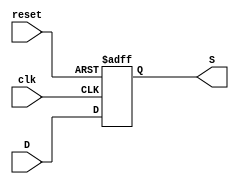
//Modulo para FlipFlop de cinco bits
module FlipFlopD5(
    input wire reset, clk,
    input wire [4:0] D,
    output reg [4:0] S);
        always @ (posedge clk, posedge reset) begin
            if (reset) begin
                S <= 5'b0;
            end
            else
                S <= D;
        end
endmodule

//Modulo para FlipFlop de dos bits      
module FlipFlopD2(
    input wire reset, clk,
    input wire [1:0] D,
    output reg [1:0] S);
        always @ (posedge clk, posedge reset) begin
            if (reset) begin
                S <= 2'b0;
            end
            else
                S <= D;
        end
endmodule

//Modulo para FlipFlop de un bits      
module FlipFlopD1(
    input wire reset, clk,
    input wire D,
    output reg S);
        always @ (posedge clk, posedge reset) begin
            if (reset) begin
                S <= 1'b0;
            end
            else
                S <= D;
        end
endmodule

//Modulo para Anti Rebote 1
module antirebote1(
    input wire clk, reset, PB1,   
    output wire out);
    wire Y1, Y2;
    assign Y1 = PB1;
    FlipFlopD1 E1(clk, reset, Y1, Y2);
    assign  Out = (~Y2 & PB1);
endmodule

//Modulo para Anti Rebote 2
module antirebote2(
    input wire clk, reset, PB2,   
    output wire out);
    wire Y1, Y2;
    assign Y1 = PB2;
    FlipFlopD1 E1(clk, reset, Y1, Y2);
    assign  Out = (~Y2 & PB2);
endmodule

//Modulo para Anti Rebote 3
module antirebote3(
    input wire clk, reset, PB3,   
    output wire out);
    wire Y1, Y2;
    assign Y1 = PB3;
    FlipFlopD1 E1(clk, reset, Y1, Y2);
    assign  Out = (~Y2 & PB3);
endmodule



//Modulo de memoria para la variable tipo 
module Memoria1(
    input wire clk, reset, Y,
    input wire [1:0] T,
    output wire T2);
    wire [1:0] E; //Estados actuales
    wire [1:0] EF; //Estados futuros
    
    //Ecuaciones para los estados Futuros
    assign EF[1] = (~E[1] & ~E[0] & T[1] & ~T[0] & ~Y) | (E[1] & ~E[0] & ~T[1] & ~T[0] & ~ Y);
    assign EF[0] = (~E[1] & ~E[0] & ~T[1] & T[0] & ~Y) | (~E[1] & E[0] & ~T[1] & ~T[0] & ~Y);

    //Implementacin de FlipFlop tipo D de 2 bits
    FlipFlopD2 R1(clk, reset, EF, E);

    //Ecuaciones para las salidas
    assign T2 = ~E[0];

endmodule

//Modulo de memoria para variable Tamao
module Memoria2(
    input wire clk, reset, Y,
    input wire [1:0] Ta, 
    output wire [1:0] Ta2);
    wire [1:0] E; //Estados actuales
    wire [1:0] EF; //Estados Futuros

    //Ecuaciones para los estados Futuros
    assign EF[1] = (~E[1] & ~E[0] & Ta[1] & ~Y) | (E[1] & ~Ta[1] & ~Ta[0] & ~Y);
    assign EF[0] = (~E[1] & ~E[0] & Ta[0] & ~Y) | (E[0] & ~Ta[1] & ~Ta[0] & ~Y);

    //Ecuaciones para las salidas
    assign Ta2[1] = (E[1] & E[0]);
    assign Ta2[0] = ~E[0];



    //Implementacin de FlipFlop tipo D de 2 bits
    FlipFlopD2 R2(clk, reset, EF, E);

endmodule

//Modulo de memoria para variable Principal
module Memoria3(
    input wire clk, reset, Y, 
    input wire [1:0] P, 
    output wire [1:0] P2);
    wire [1:0] E; //Estados actuales
    wire [1:0] EF; //Estados Futuros

    //Ecuaciones para los estados Futuros
    assign EF[1] = (~E[1] & ~E[0] & P[1] & ~Y) | (E[1] & ~P[1] & ~P[0] & ~Y);
    assign EF[0] = (~E[1] & ~E[0] & P[0] & ~Y) | (E[0] & ~P[1] & ~P[0] & ~Y);
    
    //Ecuaciones para las salidas
    assign P2[1] = (E[1] & E[0]);
    assign P2[0] = ~E[0];

    //Implementacin de FlipFlop tipo D de 2 bits
    FlipFlopD2 R3(clk, reset, EF, E);


endmodule


//Modulo de memoria para la variable Acomp 
module Memoria4(
    input wire clk, reset, Y,
    input wire [1:0] Ac,
    output wire Ac2);
    wire [1:0] E; //Estados actuales
    wire [1:0] EF; //Estados futuros
    
    //Ecuaciones para los estados Futuros
    assign EF[1] = (~E[1] & ~E[0] & Ac[1] & ~Ac[0] & ~Y) | (E[1] & ~E[0] & ~Ac[1] & ~Ac[0] & ~Y);
    assign EF[0] = (~E[1] & ~E[0] & ~Ac[1] & Ac[0] & ~Y) | (~E[1] & E[0] & ~Ac[1] & ~Ac[0] & ~Y);

    //Implementacin de FlipFlop tipo D de 2 bits
    FlipFlopD2 R4(clk, reset, EF, E);

    //Ecuaciones para las salidas
    assign Ac2 = ~E[0];

endmodule

//Modulo de memoria para variable Bebida
module Memoria5(
    input wire clk, reset, Y,
    input wire [1:0] B,
    output wire B2);
    wire [1:0] E; //Estados actuales
    wire [1:0] EF; //Estados futuros
    
    //Ecuaciones para los estados Futuros
    assign EF[1] = (~E[1] & ~E[0] & B[1] & ~B[0] & ~Y) | (E[1] & ~E[0] & ~B[1] & ~B[0] & ~Y);
    assign EF[0] = (~E[1] & ~E[0] & ~B[1] & B[0] & ~Y) | (~E[1] & E[0] & ~B[1] & ~B[0] & ~Y);

    //Implementacin de FlipFlop tipo D de 2 bits
    FlipFlopD2 R5(clk, reset, EF, E);

    //Ecuaciones para las salidas
    assign B2 = ~E[0];

endmodule


//Modulo de la FSM 
module FSM(
    input wire clk, reset, PB1, PB2, PB3, 
    input wire [1:0] A,
    output wire [1:0] T, 
    output wire [1:0] Ta, 
    output wire [1:0] P, 
    output wire [1:0] Ac, 
    output wire [1:0]B, 
    output wire Y);
    wire [4:0]E; //Estados actuales
    wire [4:0]EF; //Estados futuros
    

    assign EF[4] = (E[4] & ~E[3] & ~E[2] & E[1] & ~E[0] & ~PB1 & ~PB3) | (E[4] & ~E[3] & ~E[2] & ~E[1] & ~PB1 & ~PB2 & ~PB3) | (~E[4] & E[3] & E[2] & E[1] & E[0] & ~PB1 & PB2 & ~PB3) | (~E[4] & E[3] & E[2] & E[1] & E[0] & PB1 & ~PB2 & ~PB3);
    assign EF[3] = (~E[4] & E[3] & ~PB1 & ~PB2 & ~PB3) | (~E[4] & E[2] & E[1] & ~PB1 & ~PB2 & ~PB3) | (~E[4] & E[2] & E[0] & ~PB1 & ~PB2 & ~PB3) | (~E[4] & E[3] & E[2] & ~E[1] & ~E[0] & ~PB1 & ~PB3) | (~E[4] & E[3] & E[2] & ~E[1] & ~E[0] & ~PB2 & ~PB3);
    assign EF[2] = (~E[4] & ~E[2] & E[1] & ~PB1 & ~PB2 & ~PB3) | (~E[4] & E[3] & E[0] & ~PB1 & ~PB2 & ~PB3) | (~E[4] & E[3] & E[2] & ~E[1] & ~E[0] & ~PB1 & ~PB3) | (~E[4] & E[3] & E[2] & ~E[1] & ~E[0] & ~PB2 & ~PB3) | (~E[4] & E[2] & ~E[1] & ~E[0] & ~PB1 & ~PB2 & ~PB3) | (~E[4] & E[3] & E[1] & ~PB1 & ~PB2 & ~PB3);
    assign EF[1] = (E[4] & ~E[3] & ~E[2] & E[1] & ~E[0] & ~PB1 & ~PB3) | (~E[4] & E[3] & E[2] & E[1] & ~PB1 & ~PB2 & ~PB3) | (E[4] & ~E[3] & ~E[2] & ~E[1] & ~PB1 & ~PB2 & ~PB3) | (~E[4] & E[3] & E[2] & E[0] & ~PB1 & ~PB2 & ~PB3) | (~E[4] & ~E[3] & ~E[2] & ~E[1] & E[0] & ~PB1 & PB2 & ~PB3) | (~E[4] & E[3] & E[2] & ~E[1] & ~E[0] & ~PB1 & ~PB2 & ~PB3) | (~E[4] & ~E[3] & ~E[2] & ~E[1] & E[0] & PB1 & ~PB2 & ~PB3) | (~E[4] & ~E[3] & E[2] & ~E[1] & ~E[0] & ~PB1 & ~PB2 & ~PB3 & A[1]) | (~E[4] & E[3] & ~E[2] & ~E[1] & ~E[0] & ~PB1 & ~PB2 & ~PB3 & A[1]);
    assign EF[0] = (~E[4] & E[3] & E[2] & E[1] & E[0] & ~PB1 & ~PB3) | (~E[4] & ~E[3] & ~E[2] & ~E[1] & E[0] & ~PB1 & ~PB3) | (~E[4] & E[3] & E[2] & E[1] & ~PB1 & ~PB2 & ~PB3) | (~E[4] & E[3] & E[2] & E[0] & ~PB1 & ~PB2 & ~PB3) | (E[4] & ~E[3] & ~E[2] & E[1] & ~E[0] & ~PB1 & PB2 & ~PB3) | (~E[4] & E[3] & E[2] & ~E[1] & ~E[0] & PB1 & ~PB2 & ~PB3) | (~E[4] & ~E[3] & ~E[2] & ~E[1] & ~E[0] & PB1 & ~PB2 & ~PB3) | (~E[4] & ~E[3] & E[2] & ~E[1] & ~E[0] & ~PB1 & ~PB2 & ~PB3 & A[0]) | (~E[4] & E[3] & ~E[2] & ~E[1] & ~E[0] & ~PB1 & ~PB2 & ~PB3 & A[0]);

    // Implementacin de flip FlopFipo D de cinco bits

    FlipFlopD5 S1(clk, reset, EF, E);
    
    //Ecuaciones para las salidas
    
    assign T[1] = (~E[4] & ~E[3] & ~E[2] & E[1] & ~E[0]);
    assign T[0] = (~E[4] & ~E[3] & ~E[2] & E[1] & E[0]);
    assign Ta[1] = (~E[4] & ~E[3] & E[2] & E[1]);
    assign Ta[0] = (~E[4] & ~E[3] & E[2] & E[0]);
    assign P[1] = (~E[4] & E[3] & ~E[2] & E[1]);
    assign P[0] = (~E[4] & E[3] & ~E[2] & E[0]);
    assign Ac[1] = (~E[4] & E[3] & E[2] & E[1] & ~E[0]);
    assign Ac[0] = (~E[4] & E[3] & E[2] & ~E[1] & E[0]);
    assign B[1] = (E[4] & ~E[3] & ~E[2] & ~E[1] & E[0]);
    assign B[0] = (E[4] & ~E[3] & ~E[2] & ~E[1] & ~E[0]);
    assign Y = (E[4] & ~E[3] & ~E[2] & E[1] & ~E[0]);

endmodule

module main(
    input wire clk, reset, PB1, PB2, PB3, 
    input wire [1:0] A,
    output wire T2, Ac2, B2,
    output wire [1:0] Ta2,
    output wire [1:0] P2);
    wire K1, K2, K3, Y;
    wire [1:0] T;
    wire [1:0] Ta;
    wire [1:0] P;
    wire [1:0] Ac;
    wire [1:0] B;
    antirebote1 J1(clk, reset, PB1, K1);
    antirebote2 J2(clk, reset, PB2, K2);
    antirebote3 J3(clk, reset, PB3, K3);
    FSM I(clk, reset, K1, K2, K3, A, T, Ta, P, Ac, B, Y);
    Memoria1 W(clk, reset, Y, T, T2);
    Memoria2 W1(clk, reset, Y, Ta, Ta2);
    Memoria3 W2(clk , reset, Y, P, P2);
    Memoria4 W3(clk, reset, Y, Ac, Ac2);
    Memoria5 W4(clk, reset, Y, B, B2);
endmodule